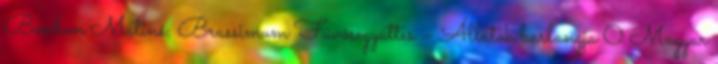
Bonbon Matiné: Brassimum Fúvósegyüttes – Állatok barlangja 0 Magyar